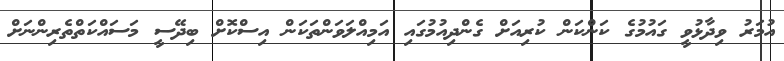
އުމަރު ވިދާޅުވީ ގައުމުގެ ކަންކަން ކުރިއަށް ގެންދިއުމުގައި އަމިއްލަވަންތަކަން އިސްކޮށް ބިދޭސީ މަސައްކަތްތެރިންނަށް